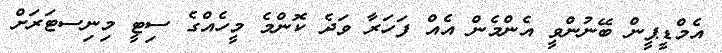
އެމްޑީޕީން ބޭނުންވީ އެންމެން އެއް ފަހަރާ ވަދެ ކޮންމެ މީހެއްގެ ސިޓީ މިނިސޓަރަށް